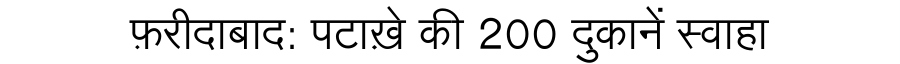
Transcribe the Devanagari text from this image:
फ़रीदाबाद: पटाख़े की 200 दुकानें स्वाहा